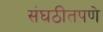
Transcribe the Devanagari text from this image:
संघठीतपणे